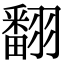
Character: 翻